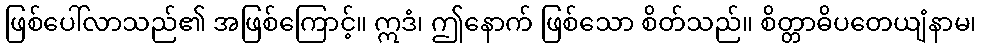
ဖြစ်ပေါ်လာသည်၏ အဖြစ်ကြောင့်။ ဣဒံ၊ ဤနောက် ဖြစ်သော စိတ်သည်။ စိတ္တာဓိပတေယျံနာမ၊